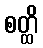
စတ္ထိ